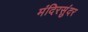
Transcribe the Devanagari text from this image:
मंदिरसुंदर